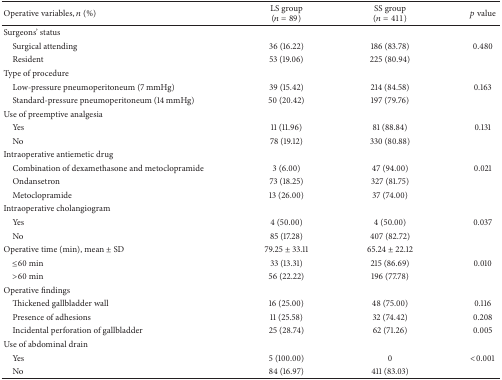
<table><thead><tr><td><b>Operative variables, <i>n</i> (%)</b></td><td><b>LS group(<i>n</i> = 89)</b></td><td><b>SS group(<i>n</i> = 411)</b></td><td><b><i>p</i> value</b></td></tr></thead><tbody><tr><td>Surgeons&#x27; status</td><td> </td><td> </td><td> </td></tr><tr><td> Surgical attending</td><td>36 (16.22)</td><td>186 (83.78)</td><td>0.480</td></tr><tr><td> Resident</td><td>53 (19.06)</td><td>225 (80.94)</td><td> </td></tr><tr><td>Type of procedure</td><td> </td><td> </td><td> </td></tr><tr><td> Low-pressure pneumoperitoneum (7 mmHg)</td><td>39 (15.42)</td><td>214 (84.58)</td><td>0.163</td></tr><tr><td> Standard-pressure pneumoperitoneum (14 mmHg)</td><td>50 (20.42)</td><td>197 (79.76)</td><td> </td></tr><tr><td>Use of preemptive analgesia</td><td> </td><td> </td><td> </td></tr><tr><td> Yes</td><td>11 (11.96)</td><td>81 (88.84)</td><td>0.131</td></tr><tr><td> No</td><td>78 (19.12)</td><td>330 (80.88)</td><td> </td></tr><tr><td>Intraoperative antiemetic drug</td><td> </td><td> </td><td> </td></tr><tr><td> Combination of dexamethasone and metoclopramide</td><td>3 (6.00)</td><td>47 (94.00)</td><td>0.021</td></tr><tr><td> Ondansetron</td><td>73 (18.25)</td><td>327 (81.75)</td><td> </td></tr><tr><td> Metoclopramide</td><td>13 (26.00)</td><td>37 (74.00)</td><td> </td></tr><tr><td>Intraoperative cholangiogram</td><td> </td><td> </td><td> </td></tr><tr><td> Yes</td><td>4 (50.00)</td><td>4 (50.00)</td><td>0.037</td></tr><tr><td> No</td><td>85 (17.28)</td><td>407 (82.72)</td><td> </td></tr><tr><td>Operative time (min), mean ± SD</td><td>79.25 ± 33.11</td><td>65.24 ± 22.12</td><td> </td></tr><tr><td> ≤60 min</td><td>33 (13.31)</td><td>215 (86.69)</td><td>0.010</td></tr><tr><td> &gt;60 min</td><td>56 (22.22)</td><td>196 (77.78)</td><td> </td></tr><tr><td>Operative findings</td><td> </td><td> </td><td> </td></tr><tr><td> Thickened gallbladder wall</td><td>16 (25.00)</td><td>48 (75.00)</td><td>0.116</td></tr><tr><td> Presence of adhesions</td><td>11 (25.58)</td><td>32 (74.42)</td><td>0.208</td></tr><tr><td> Incidental perforation of gallbladder</td><td>25 (28.74)</td><td>62 (71.26)</td><td>0.005</td></tr><tr><td>Use of abdominal drain</td><td> </td><td> </td><td> </td></tr><tr><td> Yes</td><td>5 (100.00)</td><td>0</td><td>&lt;0.001</td></tr><tr><td> No</td><td>84 (16.97)</td><td>411 (83.03)</td><td> </td></tr></tbody></table>